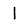
Digit: 1